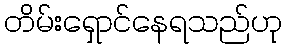
တိမ်းရှောင်နေရသည်ဟု